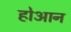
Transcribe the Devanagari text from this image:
होआन